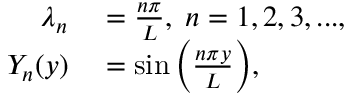
\begin{array} { r l } { \lambda _ { n } } & { { } = \frac { n \pi } { L } , \; n = 1 , 2 , 3 , . . . , } \\ { Y _ { n } ( y ) } & { { } = \sin { \left( \frac { n \pi y } { L } \right) } , } \end{array}